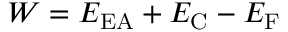
W = E _ { \mathrm { { E A } } } + E _ { \mathrm { { C } } } - E _ { \mathrm { { F } } }